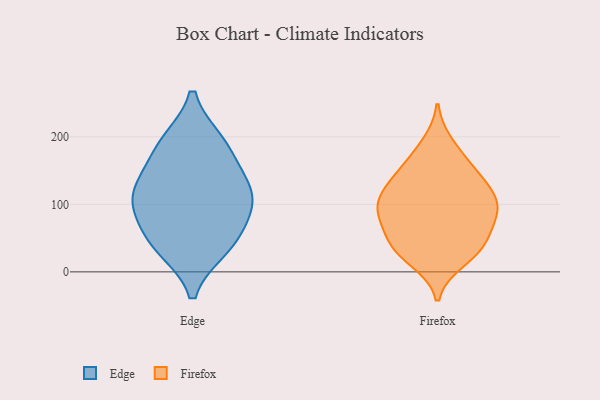
{"axis": {"x": "Demand Index", "y": "Value"}, "legend": ["Edge", "Firefox"], "data": [{"x": "", "y": 115, "type": "Edge"}, {"x": "", "y": 192, "type": "Edge"}, {"x": "", "y": 99, "type": "Edge"}, {"x": "", "y": 36, "type": "Edge"}, {"x": "", "y": 153, "type": "Edge"}, {"x": "", "y": 104, "type": "Edge"}, {"x": "", "y": 40, "type": "Edge"}, {"x": "", "y": 190, "type": "Edge"}, {"x": "", "y": 58, "type": "Edge"}, {"x": "", "y": 120, "type": "Edge"}, {"x": "", "y": 114, "type": "Firefox"}, {"x": "", "y": 108, "type": "Firefox"}, {"x": "", "y": 134, "type": "Firefox"}, {"x": "", "y": 17, "type": "Firefox"}, {"x": "", "y": 83, "type": "Firefox"}, {"x": "", "y": 168, "type": "Firefox"}, {"x": "", "y": 40, "type": "Firefox"}, {"x": "", "y": 91, "type": "Firefox"}, {"x": "", "y": 70, "type": "Firefox"}, {"x": "", "y": 149, "type": "Firefox"}, {"x": "", "y": 30, "type": "Firefox"}, {"x": "", "y": 33, "type": "Firefox"}, {"x": "", "y": 101, "type": "Firefox"}, {"x": "", "y": 189, "type": "Firefox"}, {"x": "", "y": 42, "type": "Firefox"}, {"x": "", "y": 72, "type": "Firefox"}, {"x": "", "y": 101, "type": "Firefox"}, {"x": "", "y": 138, "type": "Firefox"}]}